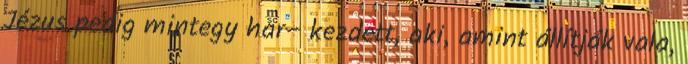
Jézus pedig mintegy har− kezdett, aki, amint állítják vala,